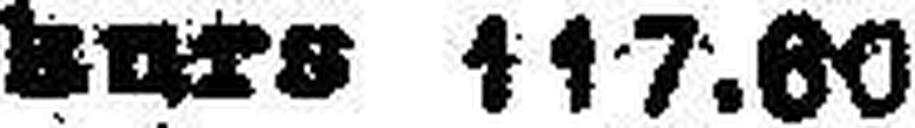
kurs 117.80